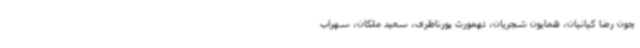
چون رضا کیانیان، همایون شجریان، تهمورث پورناظری، سعید ملکان، سهراب